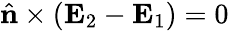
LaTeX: \hat{\mathbf{n}}\times(\mathbf{E}_{2}-\mathbf{E}_{1})=0